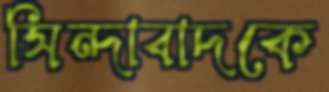
সিন্দাবাদকে